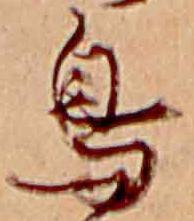
鳥